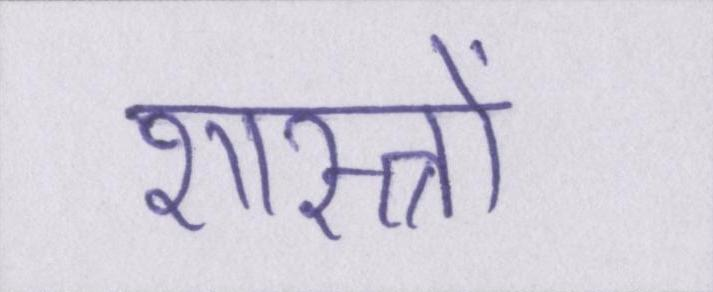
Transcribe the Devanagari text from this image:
शास्त्रों